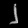
Digit: ၂